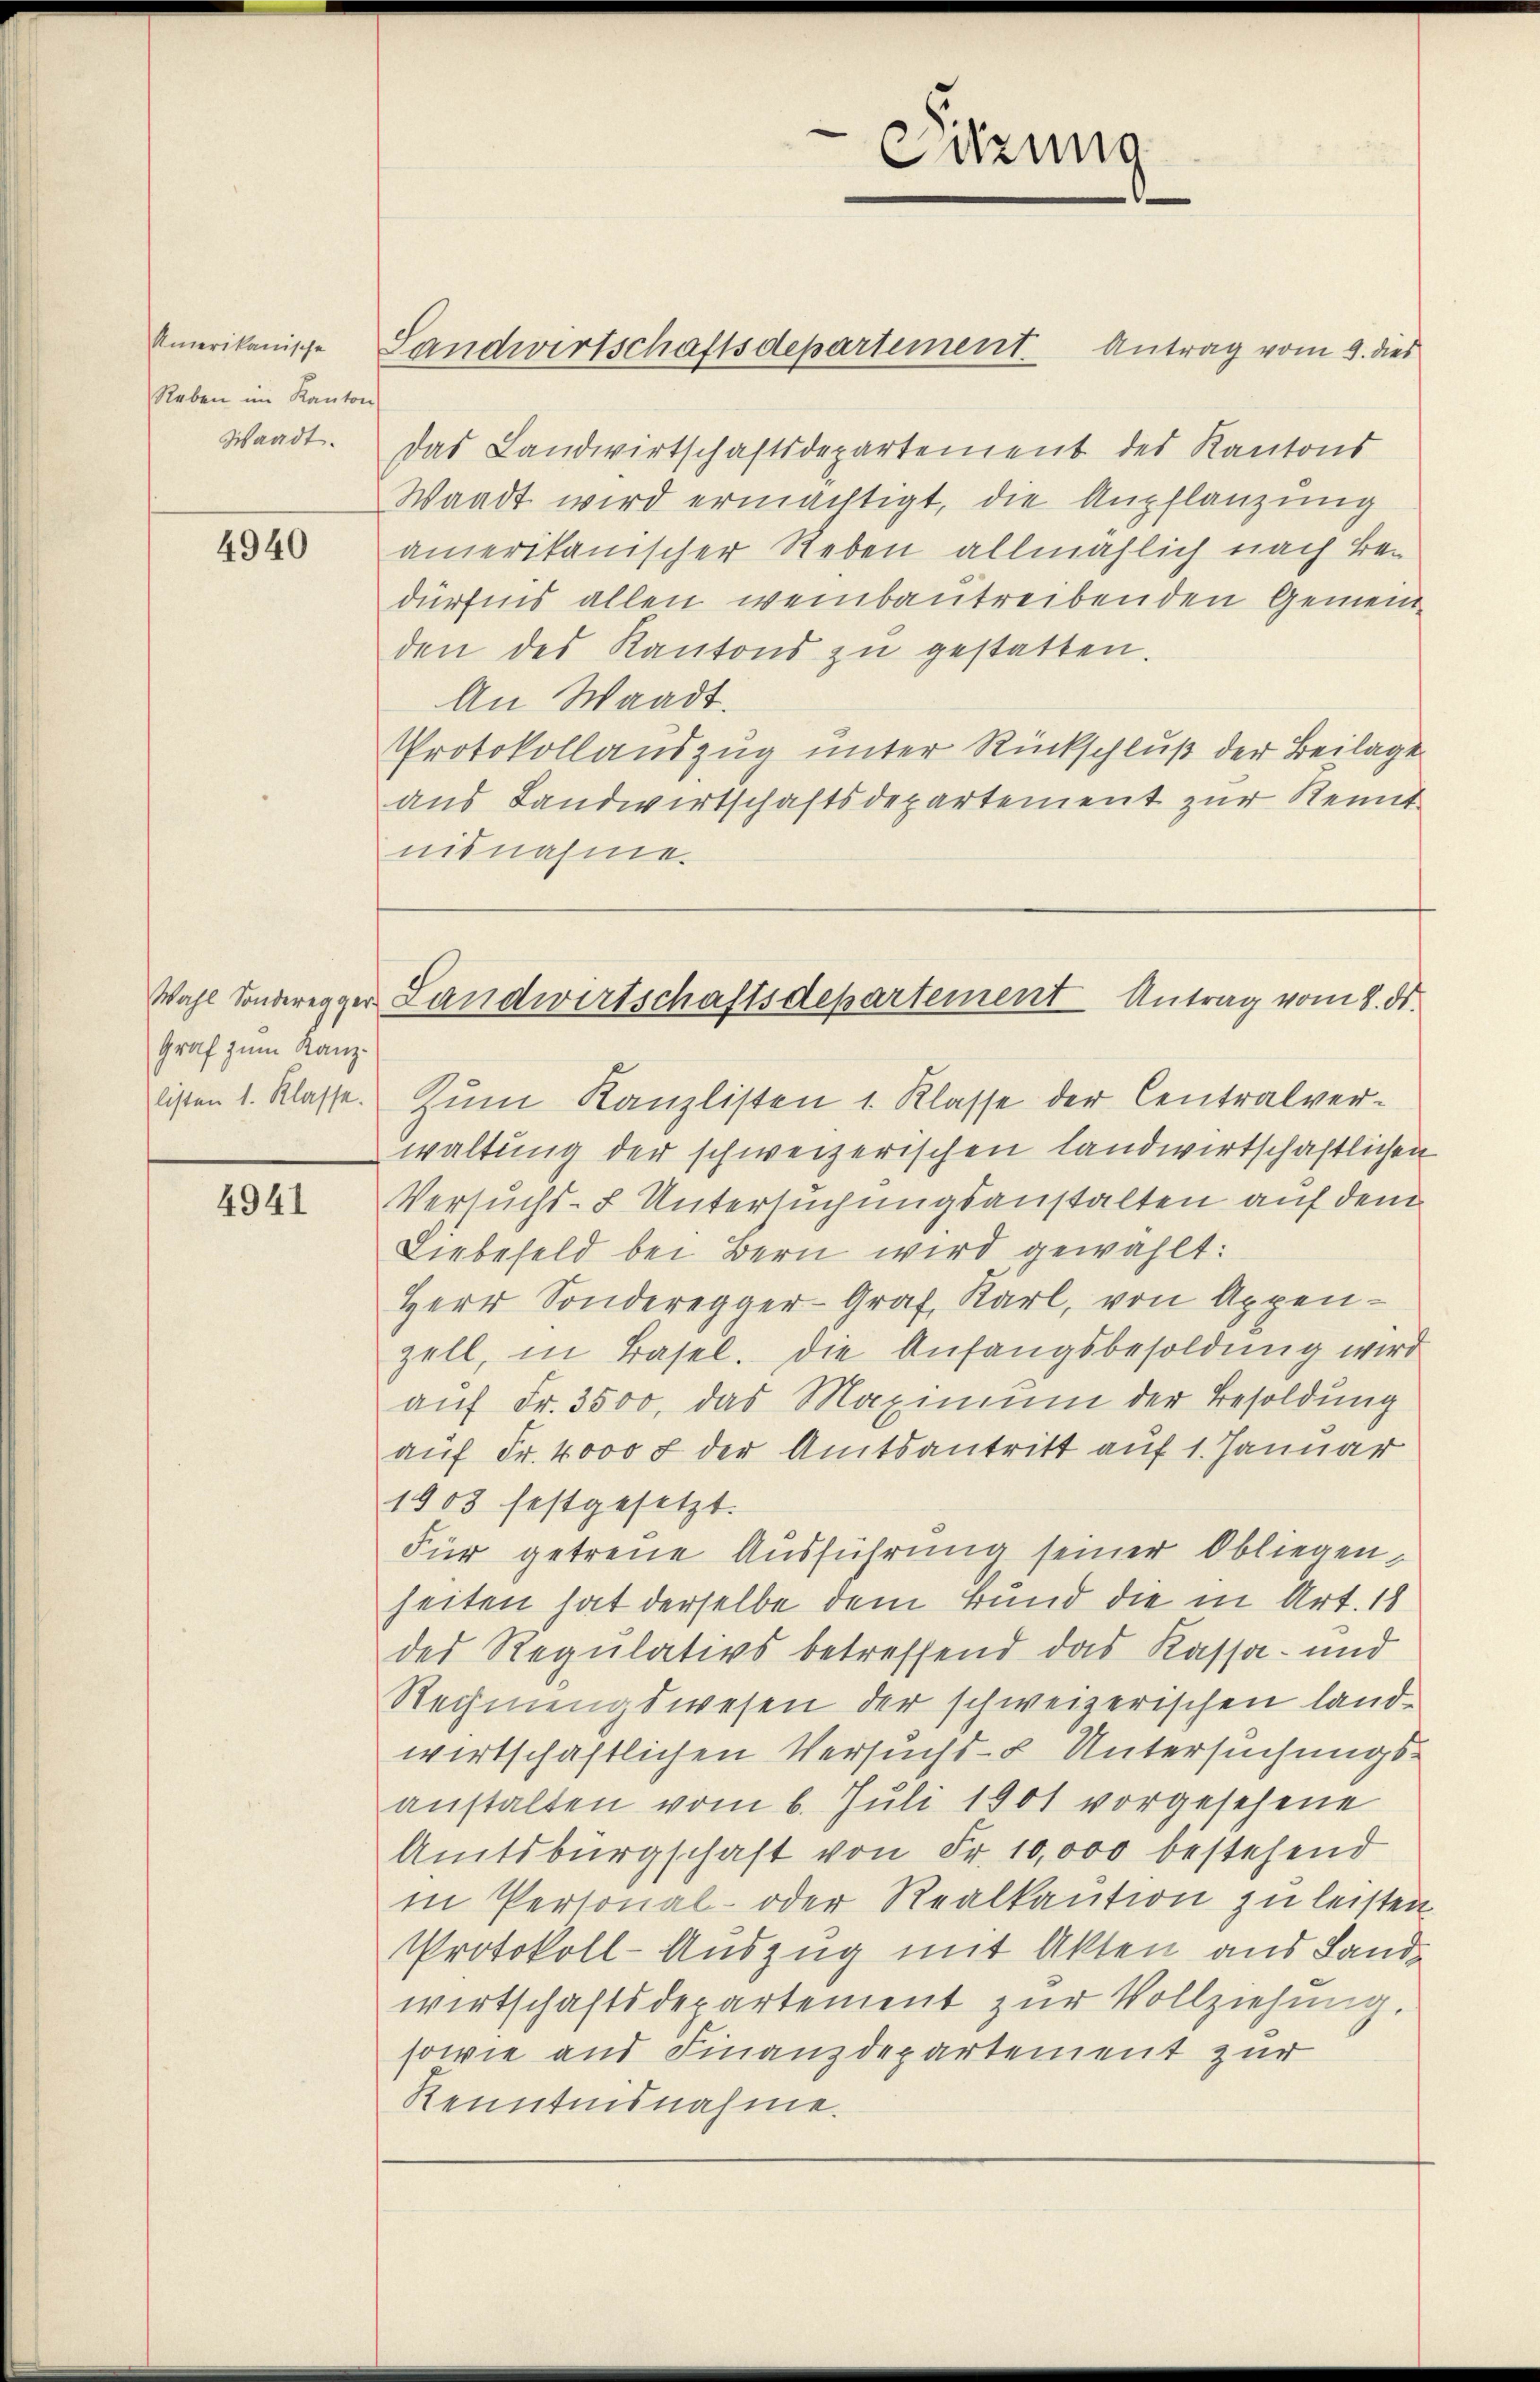
Amerikanische
Reben im Kanton
Waadt.

4940

Wahl Sonderegger
Graf zum Kanzlisten 1. Klasse.

4941

Das Landwirtschaftsdepartement des Kantons
Waadt wird ermächtigt, die Anpflanzung
amerikanischer Reben allmählich nach Be-
dürfnis allen weinbautreibenden Gemeinden des Kantons zu gestatten.
An Waadt.
Protokollauszug unter Rückschluß der Beilage
aus Landwirtschaftsdepartement zur Kennt
nisnahme.

Sitzung

Landwirtschaftsdepartement. Antrag vom 9. dies

Zum Kanzlisten 1. Klasse der Centralverwaltung der schweizerischen landwirtschaftlichen
Versuchs-I Untersuchungsanstalten auf dem
Liebefeld bei Bern wird gewählt:
Herr Sonderegger-Graf, Karl, von Appen-
zell, in Basel. Die Anfangsbesoldung wird
aŭf Fr. 3500, das Maximŭm der Besoldung
auf Fr. 4000 f der Amtsantritt auf 1. Januar
1903 festgesetzt.
Für getreue Ausführung seiner Obliegen,
heiten hat derselbe dem Bund die in Art. 18
des Regulativs betreffend das Kassa- und
Rechnungswesen der schweizerischen landwirtschaftlichen Versucht- Untersuchungsanstalten vom 6. Juli 1901 vorgesehene
Amtsburgschaft von Fr. 10,000 bestehend
in Personal- oder Realkaution zu leisten
Protokoll-Auszug mit Akten aus Landwirtschaftsdepartement zur Vollziehung.
sowie und Finanzdepartement zur
Renntnisnahme.

Landwirtschaftsdepartement Antrag vom 8. ds.